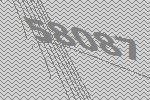
58087